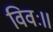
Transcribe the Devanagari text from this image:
विवः॥